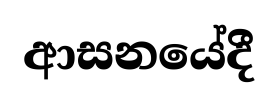
ආසනයේදී